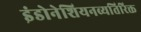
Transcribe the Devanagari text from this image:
इंडोनेशियनव्यतिरिक्त